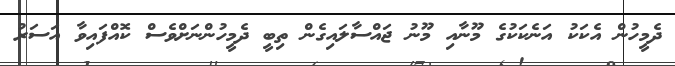
ދެމީހުން އެކަކު އަނެކަކުގެ މޫނާއި މޫނު ޖައްސާލައިގެން ތިބީ ދެމީހުންނަށްވެސް ކޮއްފައިވާ އަސަރު